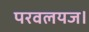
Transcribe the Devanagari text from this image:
परवलयज।